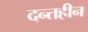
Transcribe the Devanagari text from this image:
दन्तहीन